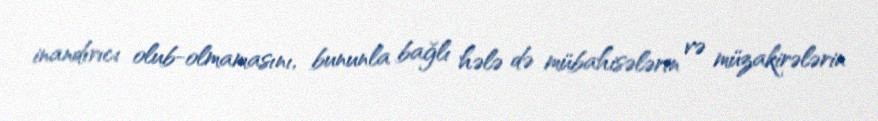
inandırıcı olub-olmamasını, bununla bağlı hələ də mübahisələrin və müzakirələrin